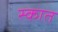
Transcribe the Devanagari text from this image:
स्कात